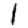
Digit: 1